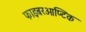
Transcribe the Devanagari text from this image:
फाइबरओप्टिक